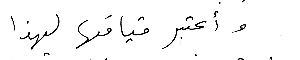
وأعتبر قيامَها لهذا